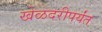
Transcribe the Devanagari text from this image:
खेळदरीपर्यंत